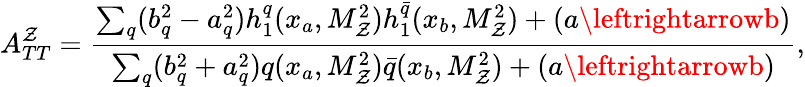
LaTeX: A_{TT}^{\mathcal{Z}}=\frac{{\sum_{q}^{}(b_{q}^{2}-a_{q}^{2})h_{1}^{q}(x_{a},M_{\mathcal{Z}}^{2})h_{1}^{\bar{{q}}}(x_{b},M_{\mathcal{Z}}^{2})+(a\leftrightarrowb)}}{{\sum_{q}^{}(b_{q}^{2}+a_{q}^{2})q(x_{a},M_{\mathcal{Z}}^{2})\bar{{q}}(x_{b},M_{\mathcal{Z}}^{2})+(a\leftrightarrowb)}},